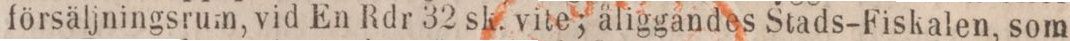
försäljningsrum, vid En Rdr 32 sk. vite; åliggandes Stads-Fiskalen, som